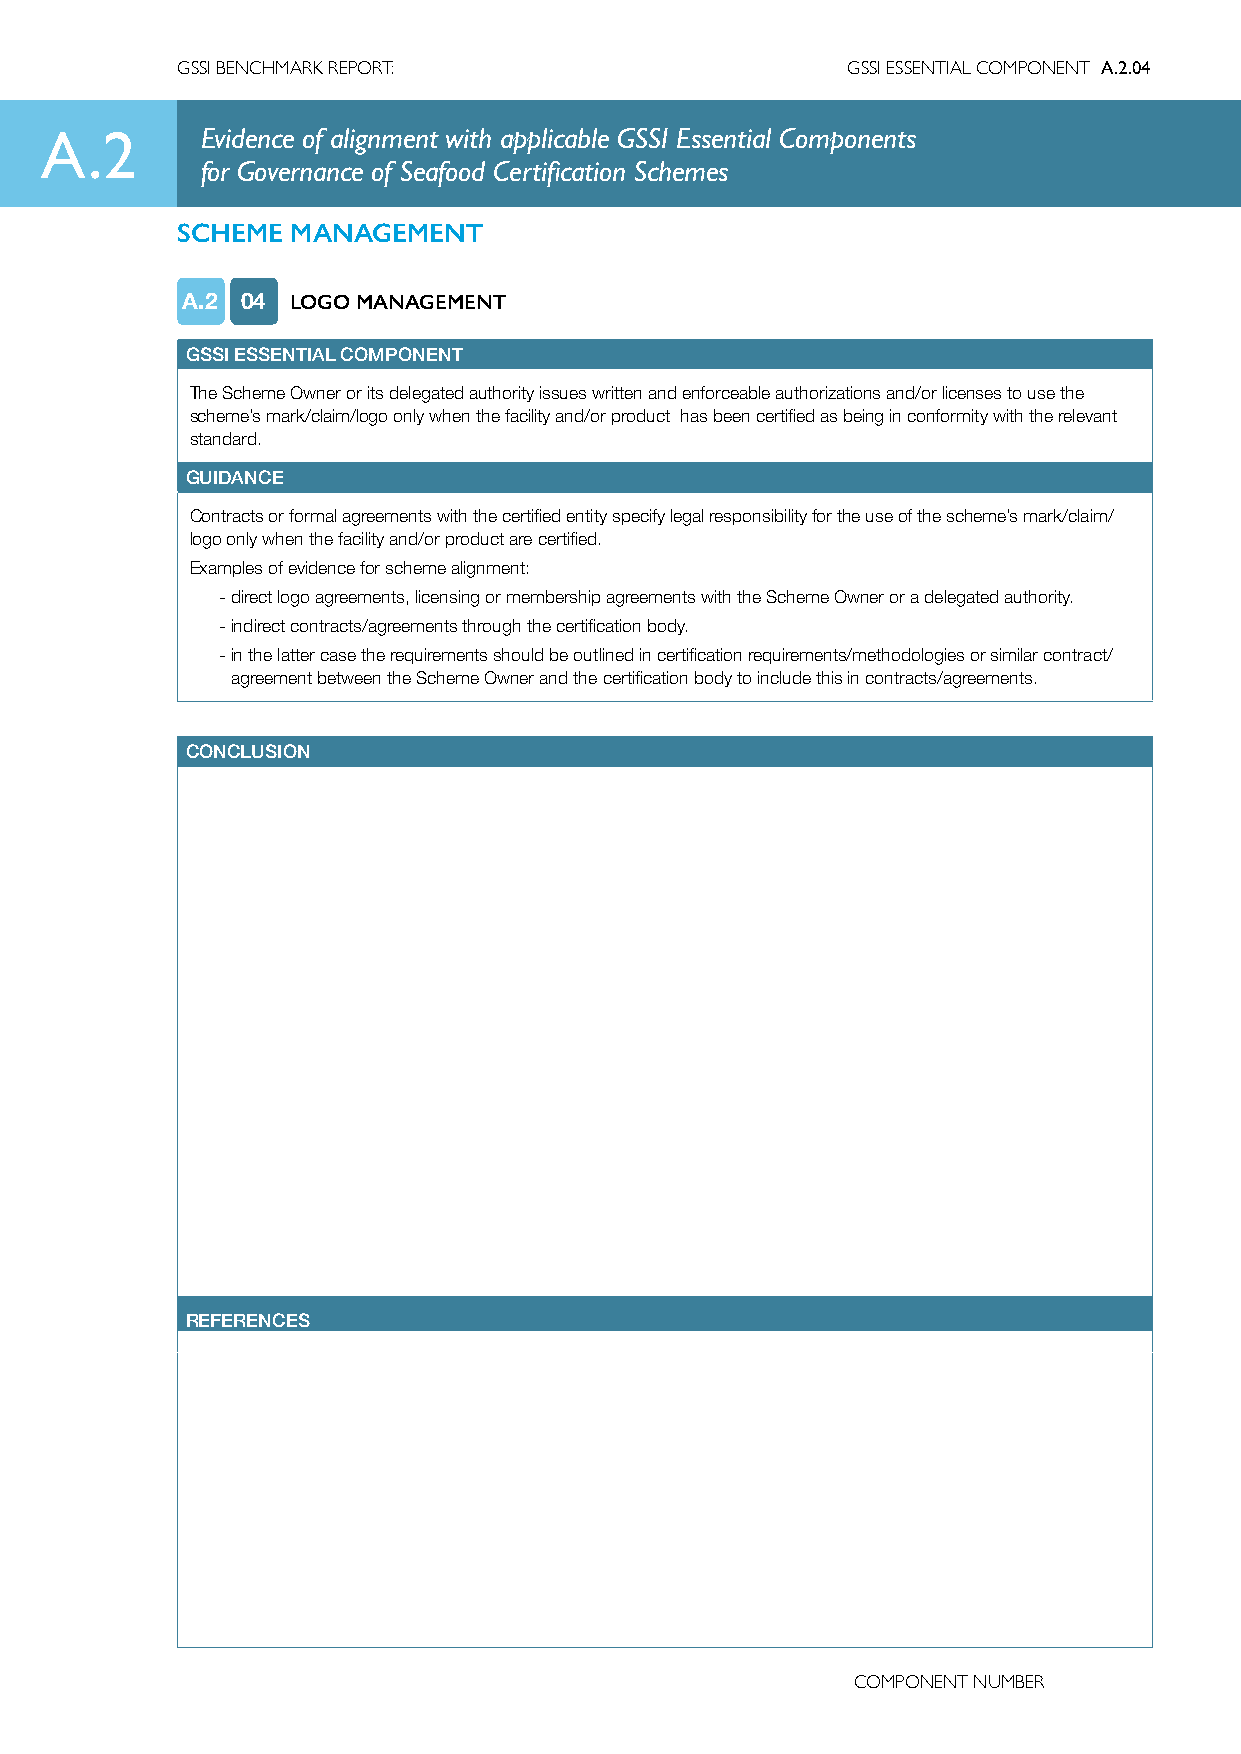
GSSI BENCHMARK REPORT:                      GSSI ESSENTIAL COMPONENT A.2.04
 A.2       Evidence of alignment with applicable GSSI Essential Components
 for Governance of Seafood Certification Schemes
 SCHEME MANAGEMENT
 A.2 04 LOGO MANAGEMENT
 GSSI ESSENTIAL COMPONENT
 The Scheme Owner or its delegated authority issues written and enforceable authorizations and/or licenses to use the
 scheme’s mark/claim/logo only when the facility and/or product has been certified as being in conformity with the relevant
 standard.
 GUIDANCE
 Contracts or formal agreements with the certified entity specify legal responsibility for the use of the scheme’s mark/claim/
 logo only when the facility and/or product are certified.
 Examples of evidence for scheme alignment:
 - direct logo agreements, licensing or membership agreements with the Scheme Owner or a delegated authority.
 - indirect contracts/agreements through the certification body.
 - in the latter case the requirements should be outlined in certification requirements/methodologies or similar contract/
 agreement between the Scheme Owner and the certification body to include this in contracts/agreements.
 CONCLUSION
 REFERENCES
 COMPONENT NUMBER